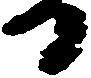
日